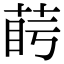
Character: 𦲰